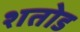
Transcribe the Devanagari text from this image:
शतोड